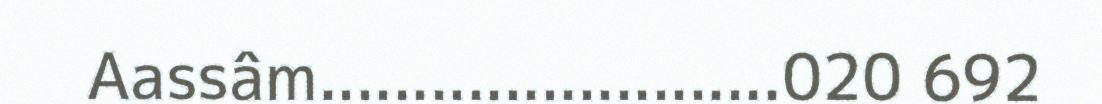
Aassâm.........................020 692